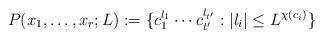
LaTeX: \begin{align*}P(x_1,\ldots,x_r;L):=\{c_1^{l_1}\cdots c_{t'}^{l_{t'}}:|l_i|\le L^{\chi(c_i)}\}\end{align*}